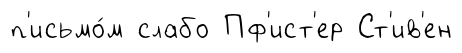
п'исьмо́м слабо Пф'ист'ер Ст'ив'ен